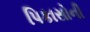
પિકાસોની